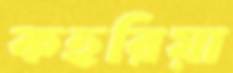
কহরিয়া